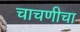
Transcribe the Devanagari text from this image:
चाचणीचा